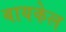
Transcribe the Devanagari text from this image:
बायकेल